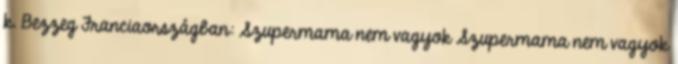
k. Bezzeg Franciaországban: Szupermama nem vagyok Szupermama nem vagyok